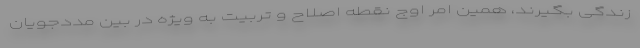
زندگی بگیرند، همین امر اوج نقطه اصلاح و تربیت به ویژه در بین مددجویان